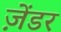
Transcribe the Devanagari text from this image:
ज़ेंडर